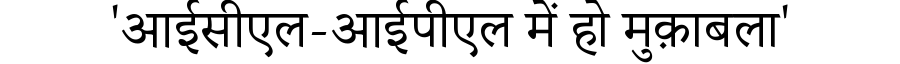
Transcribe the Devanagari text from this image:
'आईसीएल-आईपीएल में हो मुक़ाबला'